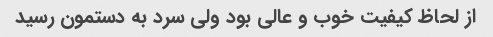
از لحاظ کیفیت خوب و عالی بود ولی سرد به دستمون رسید